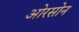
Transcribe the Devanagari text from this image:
ओरसोन